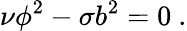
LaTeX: \nu\phi^{2}-\sigma b^{2}=0~.